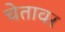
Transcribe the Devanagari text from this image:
चेतावर